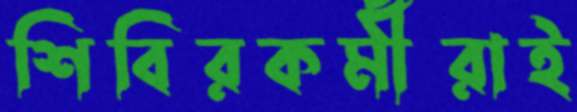
শিবিরকর্মীরাই